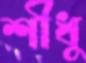
শীধু